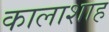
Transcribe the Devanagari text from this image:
कालाशाह